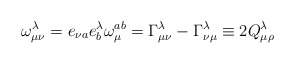
\begin{align*}\omega _{\mu \nu }^{\lambda }=e_{\nu a}e_{b}^{\lambda }\omega _{\mu}^{ab}=\Gamma _{\mu \nu }^{\lambda }-\Gamma _{\nu \mu }^{\lambda }\equiv2Q_{\mu \rho }^{\lambda } \end{align*}